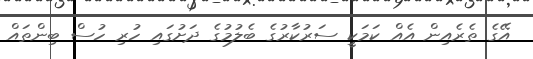
އޭގެ ތެރެއިން އެއް ކަމަކީ ސަރުކާރުގެ ބެލުމުގެ ދަށުގައި ހުރި ހުސް ބިންތައް